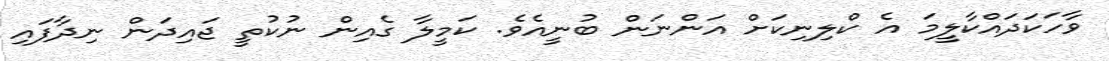
ވާހަކަދައްކާލީމަ އެ ކްލިނިކަށް އަންނަން ބުނީއެވެ. ކަމީލާ ގެއިން ނުކުތީ ޖައިދަން ނިދާފައި